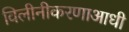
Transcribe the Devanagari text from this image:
विलीनीकरणाआधी